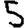
Digit: 5